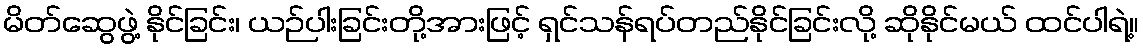
မိတ်ဆွေဖွဲ့ နိုင်ခြင်း၊ ယဉ်ပါးခြင်းတို့အားဖြင့် ရှင်သန်ရပ်တည်နိုင်ခြင်းလို့ ဆိုနိုင်မယ် ထင်ပါရဲ့။